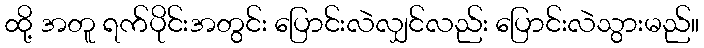
ထို့ အတူ ရက်ပိုင်းအတွင်း ပြောင်းလဲလျှင်လည်း ပြောင်းလဲသွားမည်။